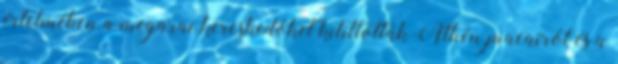
értelmében a megarai kereskedőket kitiltották Athén piacairól és a